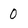
Character: 0